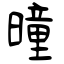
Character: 曈